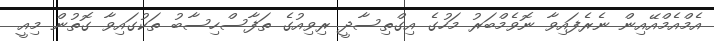
އެމްއެމްއޭއިން ނެރެފައިވާ ނޮވެމްބަރު މަހުގެ އިގްތިސާދީ ރިވިއުގެ ތަފާސްހިސާބު ތަކުގައިވާ ގޮތުން މިއީ